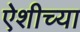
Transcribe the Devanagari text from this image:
ऐशीच्या